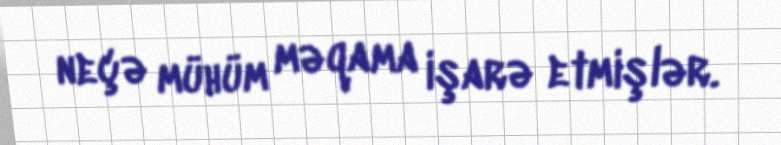
neçə mühüm məqama işarə etmişlər.